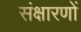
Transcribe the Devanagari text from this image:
संक्षारणों